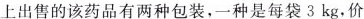
上出售的该药品有两种包装，一种是每袋3kg，价